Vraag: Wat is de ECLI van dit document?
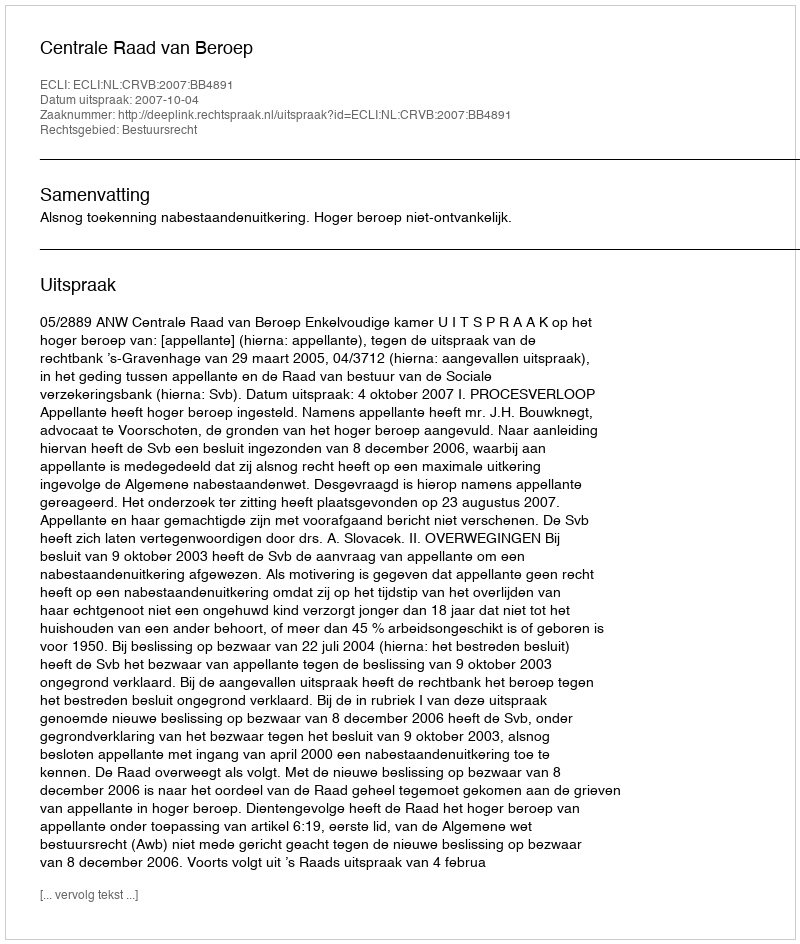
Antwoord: ECLI:NL:CRVB:2007:BB4891